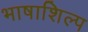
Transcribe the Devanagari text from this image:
भाषाशिल्प